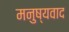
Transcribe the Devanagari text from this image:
मनुष्यवाद